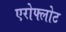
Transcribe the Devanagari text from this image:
एरोफ्लोट